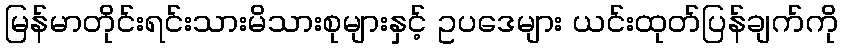
မြန်မာတိုင်းရင်းသားမိသားစုများနှင့် ဥပဒေများ ယင်းထုတ်ပြန်ချက်ကို